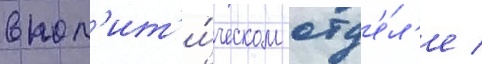
в пол'ит'и́ческом отд'е́л'е /